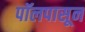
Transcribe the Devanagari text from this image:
पॉलपासून